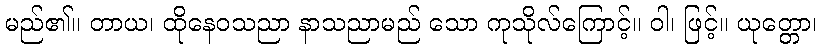
မည်၏။ တာယ၊ ထိုနေဝသညာ နာသညာမည် သော ကုသိုလ်ကြောင့်။ ဝါ၊ ဖြင့်။ ယုတ္တော၊